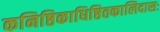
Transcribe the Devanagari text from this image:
कनिष्ठिकाधिष्ठितकालिदासः